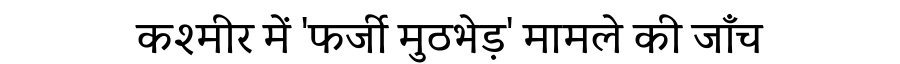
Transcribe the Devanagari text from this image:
कश्मीर में 'फर्जी मुठभेड़' मामले की जाँच